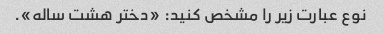
نوع عبارت زیر را مشخص کنید: «دختر هشت ساله».